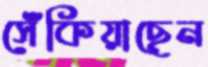
সেঁকিয়াছেন